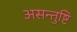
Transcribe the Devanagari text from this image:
असन्तुष्टि